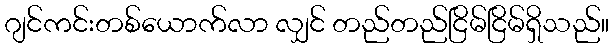
ဂျင်ကင်းတစ်ယောက်လာ လျှင် တည်တည်ငြိမ်ငြိမ်ရှိသည်။